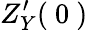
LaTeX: Z_{Y}^{\prime}({\mathrm{~0~}})